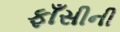
ફાઁસીની